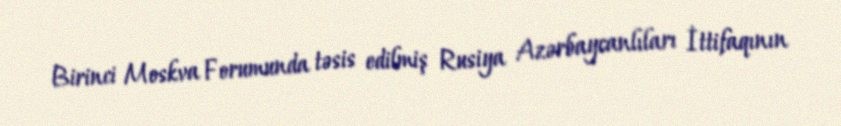
Birinci Moskva Forumunda təsis edilmiş Rusiya Azərbaycanlıları İttifaqının